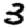
Digit: 3